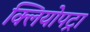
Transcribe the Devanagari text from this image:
क्लियोपट्रा